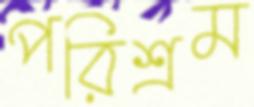
পরিশ্রম